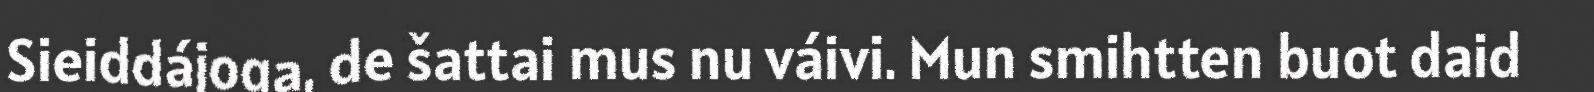
Sieiddájoga, de šattai mus nu váivi. Mun smihtten buot daid